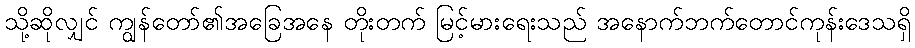
သို့ဆိုလျှင် ကျွန်တော်၏အခြေအနေ တိုးတက် မြင့်မားရေးသည် အနောက်ဘက်တောင်ကုန်းဒေသရှိ